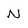
Character: N